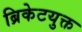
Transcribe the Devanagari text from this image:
ब्रिकेटयुक्त